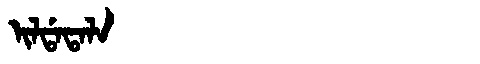
Manchu: ᡳᠯᡩᠠᡨᠠᠯᠠ
Romanization: ILDATALA